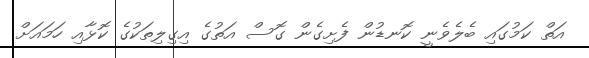
އަތް ކަމުގައި ބެލެވެނީ ކޮނޑުން ފެށިގެން ގޮސް އަތުގެ އިގިލިތަކުގެ ކޮޅާއި ހަމައަށް